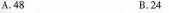
A.48 B.24